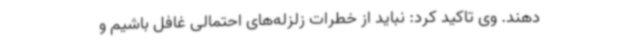
دهند. وی تاکید کرد: نباید از خطرات زلزله‌های احتمالی غافل باشیم و